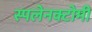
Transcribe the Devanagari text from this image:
स्पलेनक्टोमी